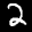
Digit: 2